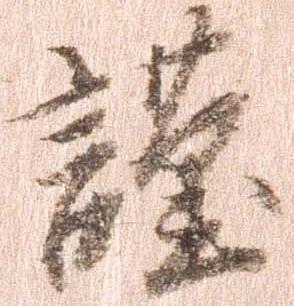
謹